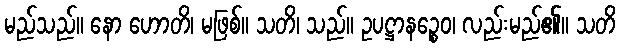
မည်သည်။ နော ဟောတိ၊ မဖြစ်။ သတိ၊ သည်။ ဥပဋ္ဌာနဉ္စေဝ၊ လည်းမည်၏။ သတိ